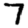
Digit: 7